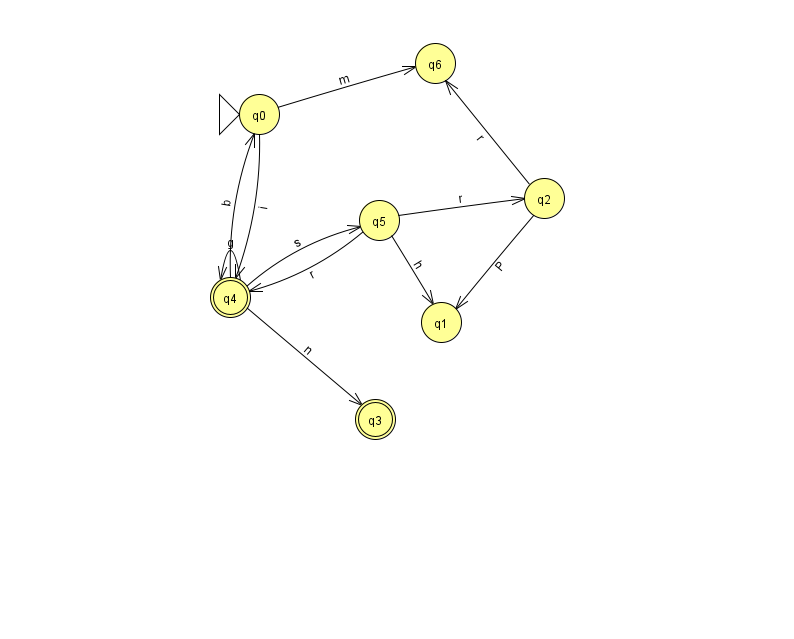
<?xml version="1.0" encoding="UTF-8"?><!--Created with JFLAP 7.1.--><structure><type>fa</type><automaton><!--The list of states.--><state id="0" name="q0"><x>259.0</x><y>101.0</y><initial/></state><state id="1" name="q1"><x>441.0</x><y>309.0</y></state><state id="2" name="q2"><x>544.0</x><y>185.0</y></state><state id="3" name="q3"><x>375.0</x><y>406.0</y><final/></state><state id="4" name="q4"><x>230.0</x><y>284.0</y><final/></state><state id="5" name="q5"><x>379.0</x><y>207.0</y></state><state id="6" name="q6"><x>435.0</x><y>50.0</y></state><!--The list of transitions.--><transition><from>2</from><to>6</to><read>r</read></transition><transition><from>5</from><to>2</to><read>r</read></transition><transition><from>4</from><to>5</to><read>s</read></transition><transition><from>2</from><to>1</to><read>P</read></transition><transition><from>4</from><to>0</to><read>b</read></transition><transition><from>4</from><to>4</to><read>g</read></transition><transition><from>5</from><to>4</to><read>r</read></transition><transition><from>5</from><to>1</to><read>h</read></transition><transition><from>0</from><to>6</to><read>m</read></transition><transition><from>4</from><to>3</to><read>n</read></transition><transition><from>0</from><to>4</to><read>i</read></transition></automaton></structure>